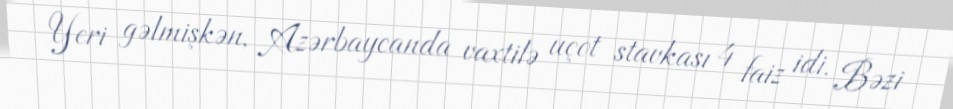
Yeri gəlmişkən, Azərbaycanda vaxtilə uçot stavkası 4 faiz idi. Bəzi